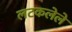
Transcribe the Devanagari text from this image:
लटकलेले